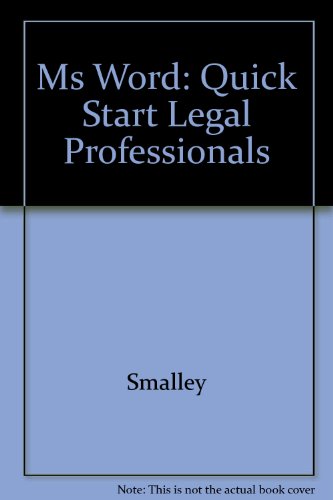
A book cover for Microsoft Word: Quick Start for Legal Professionals; Penny G. Smalley; Law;